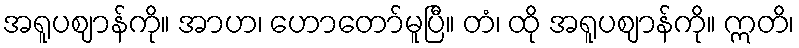
အရူပဈာန်ကို။ အာဟ၊ ဟောတော်မူပြီ။ တံ၊ ထို အရူပဈာန်ကို။ ဣတိ၊